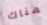
هناك